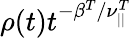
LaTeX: \rho(t)t^{-\beta^{T}/\nu_{||}^{T}}